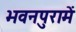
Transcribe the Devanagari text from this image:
भवनपुरामें